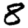
Digit: 8